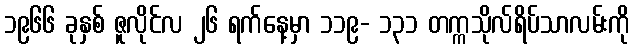
၁၉၆၆ ခုနှစ် ဇူလိုင်လ ၂၆ ရက်နေ့မှာ ၁၁၉- ၁၃၁ တက္ကသိုလ်ရိပ်သာလမ်းကို